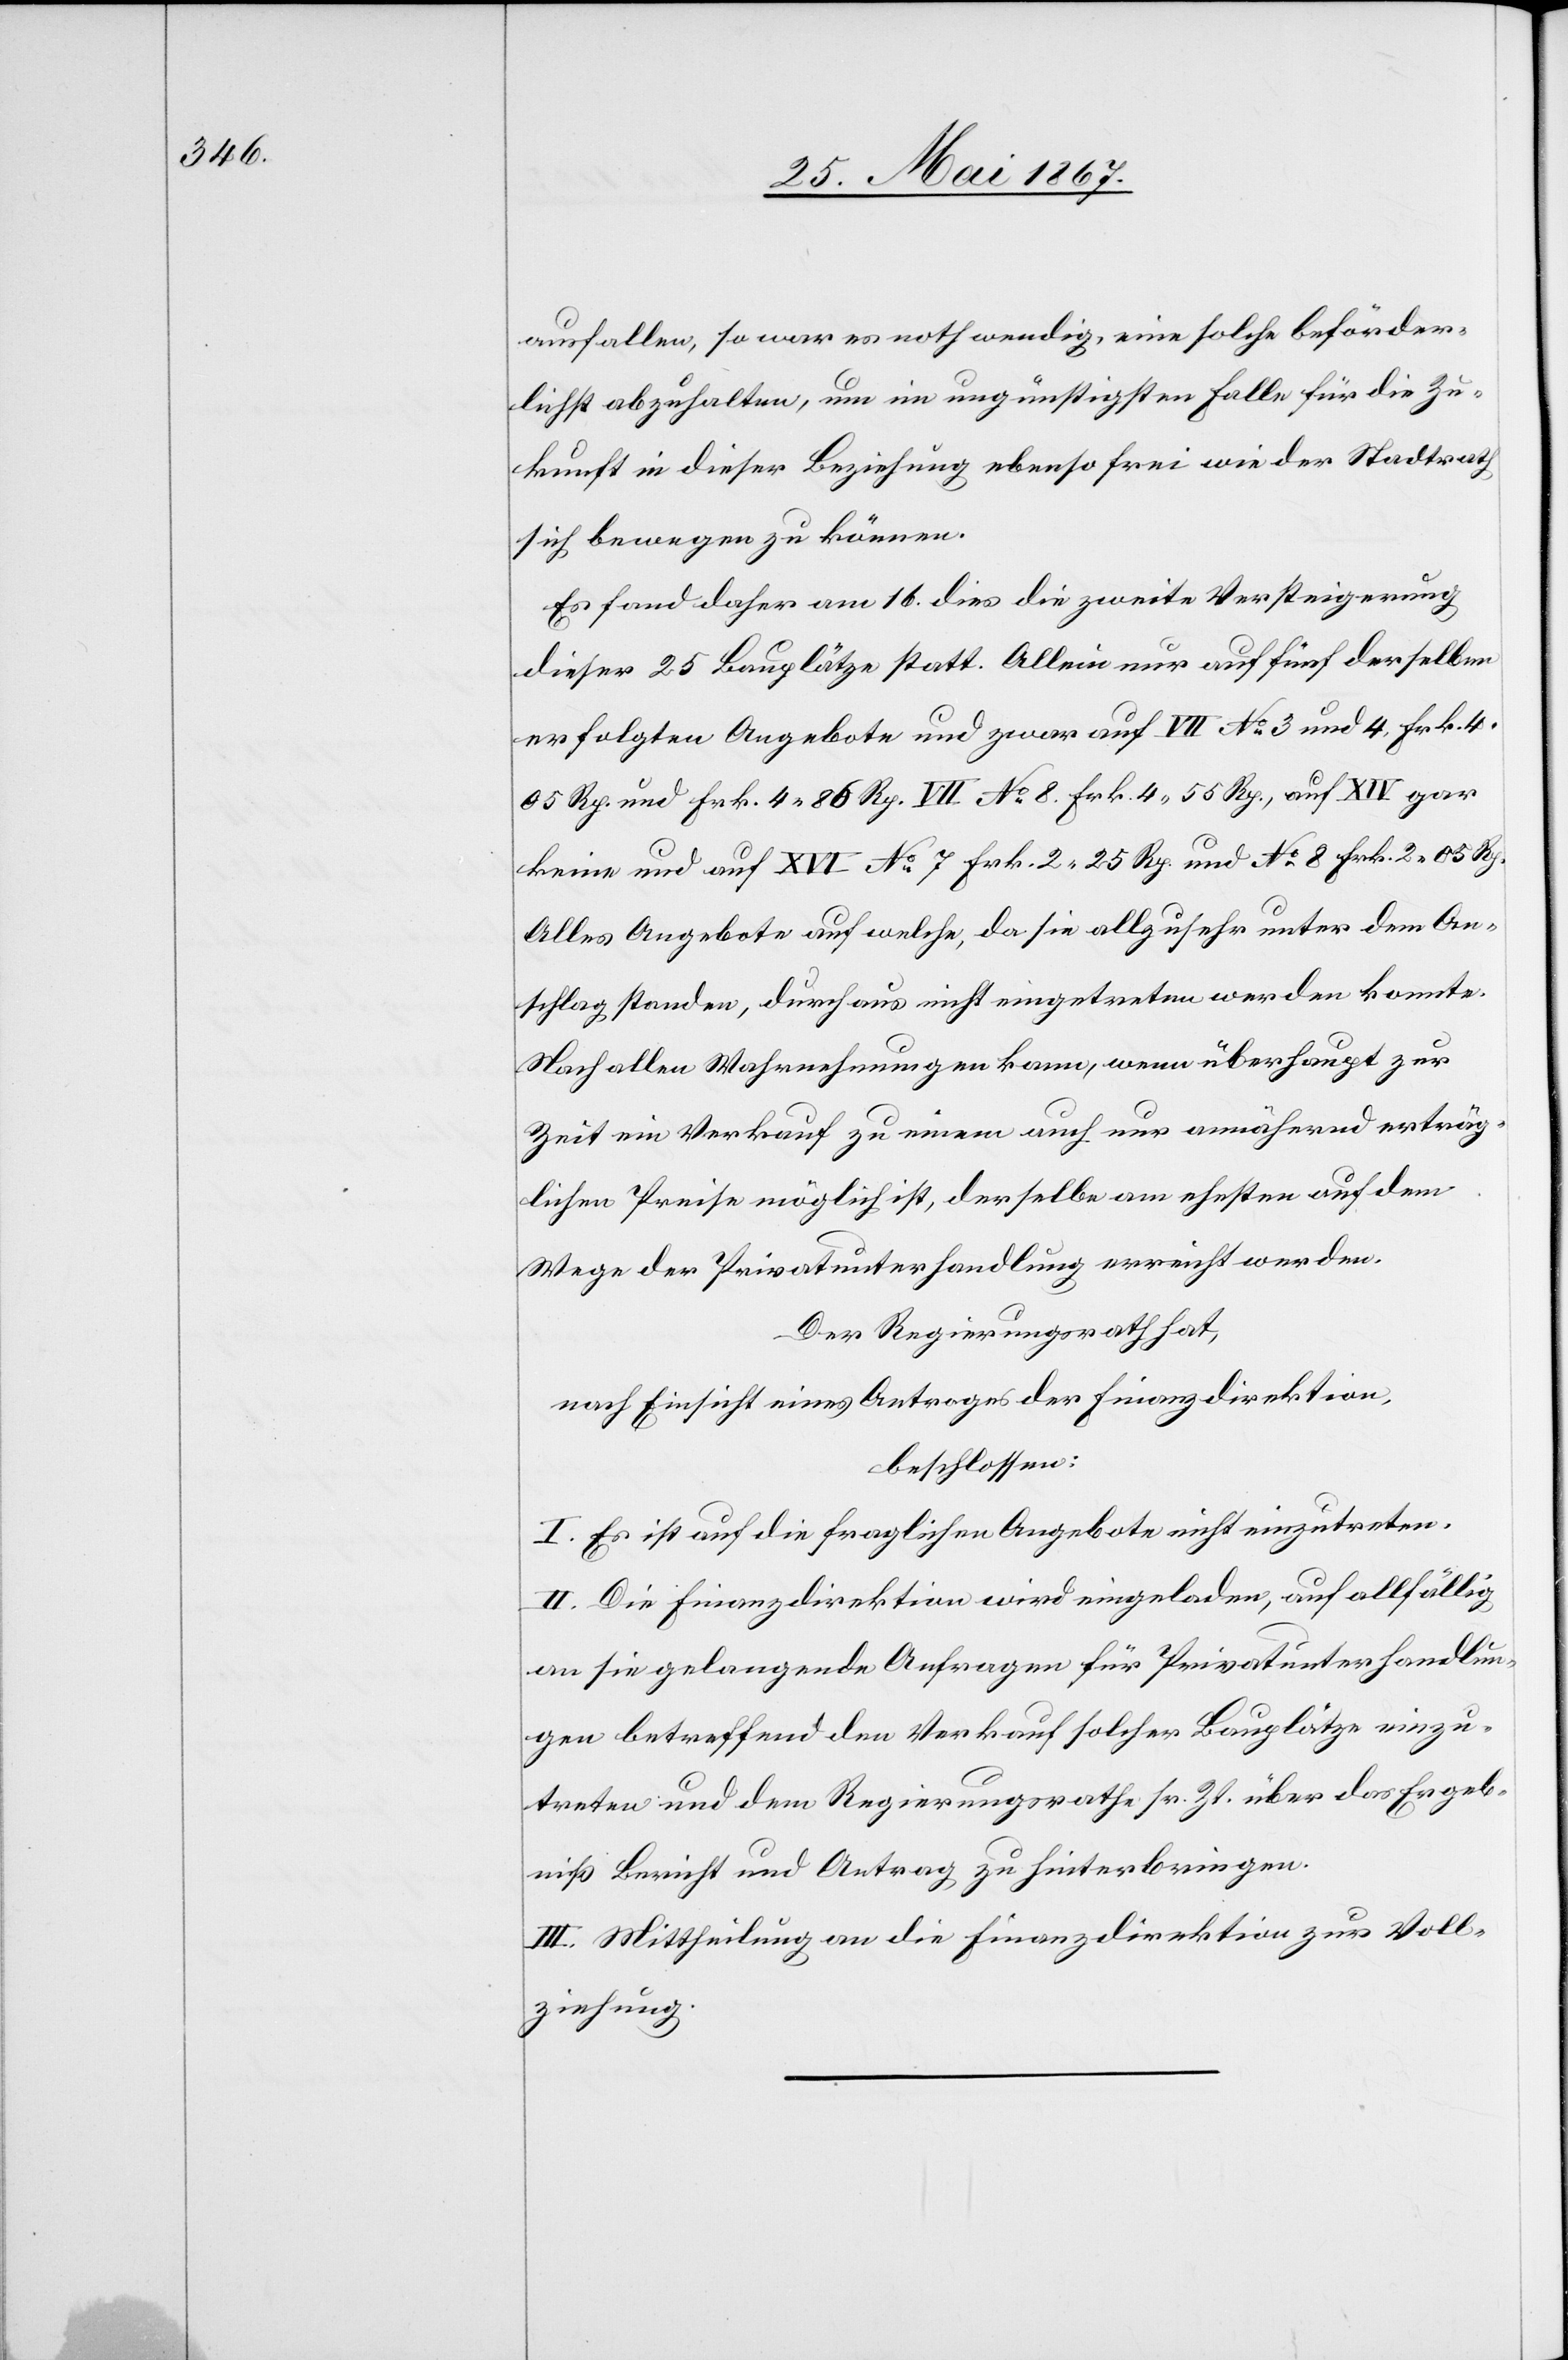
ausfallen, so war es nothwendig, eine solche beförder¬
lichst abzuhalten, um im ungünstigsten Falle für die Zu¬
kunft in dieser Beziehung ebenso frei wie der Stadtrath
sich bewegen zu können.
Es fand daher am 16. dies die zweite Versteigerung
dieser 25 Bauplätze statt. Allein nur auf fünf derselben
erfolgten Angebote und zwar auf VII No. 3 und 4 Frk. 4.
05 Rp. und Frk. 4. 86 Rp. VII No. 8 Frk. 4. 55 Rp. und No. 8 Frk.
Alles Angebote auf welche, da sie allzusehr unter dem An¬
schlag standen, durchaus nicht eingetreten werden konnte.
Nach allen Wahrnehmungen kann, wenn überhaupt zur
Zeit ein Verkauf zu einem auch nur annähernd erträg¬
lichen Preise möglich ist, derselbe am ehesten auf dem
Wege der Privatunterhandlung erreicht werden.
Der Regierungsrath hat,
nach Einsicht eines Antrages der Finanzdirektion,
beschlossen:
I. Es ist auf die fraglichen Angebote nicht einzutreten.
II. Die Finanzdirektion wird eingeladen, auf allfällig
an sie gelangende Anfragen für Privatunterhandlun¬
gen betreffend den Verkauf solcher Bauplätze einzu¬
treten und dem Regierungsrathe sr. Zt. über das Ergeb¬
niß Bericht und Antrag zu hinterbringen.
III. Mittheilung an die Finanzdirektion zur Voll¬
ziehung.